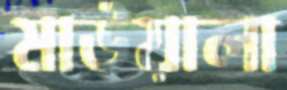
মাউয়ালা